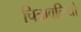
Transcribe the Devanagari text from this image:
चित्रावलियों